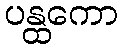
ပန္ထကော